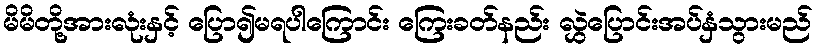
မိမိတို့အားလုံးနှင့် ပြော၍မရပါကြောင်း ကြေးခတ်နည်း လွှဲပြောင်းအပ်နှံသွားမည်